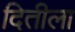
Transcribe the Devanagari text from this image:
दितीला